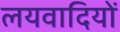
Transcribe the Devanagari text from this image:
लयवादियों